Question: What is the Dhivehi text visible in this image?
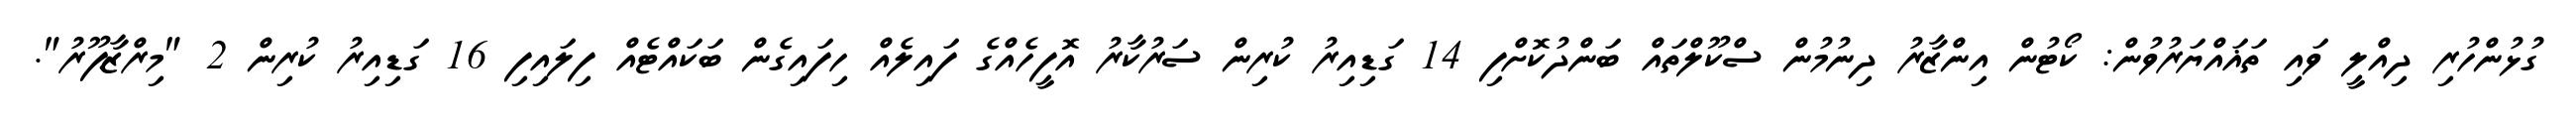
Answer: ގުޅުންހުރި ދިއްލީ ވައި ތަޣައްޔަރުވުން: ކޯޓުން އިންޒާރު ދިނުމުން ސްކޫލްތައް ބަންދުކޮށްފި 14 ގަޑިއިރު ކުރިން ސަރުކާރު އޮފީހެއްގެ ފައިލެއް ހިފައިގެން ބަކައްޓެއް ފިލައިފި 16 ގަޑިއިރު ކުރިން 2 "މިރްޒާޕޫރު".